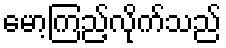
မော့ကြည့်လိုက်သည်